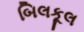
બિલકૂલ